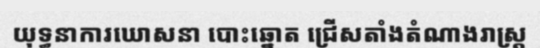
យុទ្ធនាការឃោសនា បោះឆ្នោត ជ្រើសតាំងតំណាងរាស្ត្រ